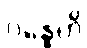
ဂန္ဓေဟိ